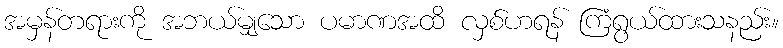
အမှန်တရားကို အဘယ်မျှသော ပမာဏအထိ လှစ်ဟရန် ကြံရွယ်ထားသနည်း။